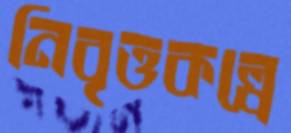
নিবৃত্তকল্পে